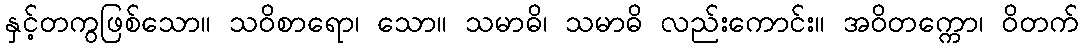
နှင့်တကွဖြစ်သော။ သဝိစာရော၊ သော။ သမာဓိ၊ သမာဓိ လည်းကောင်း။ အဝိတက္ကော၊ ဝိတက်